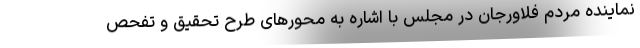
نماینده مردم فلاورجان در مجلس با اشاره به محورهای طرح تحقیق و تفحص